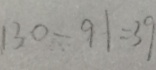
1 3 0 - 9 1 = 3 9